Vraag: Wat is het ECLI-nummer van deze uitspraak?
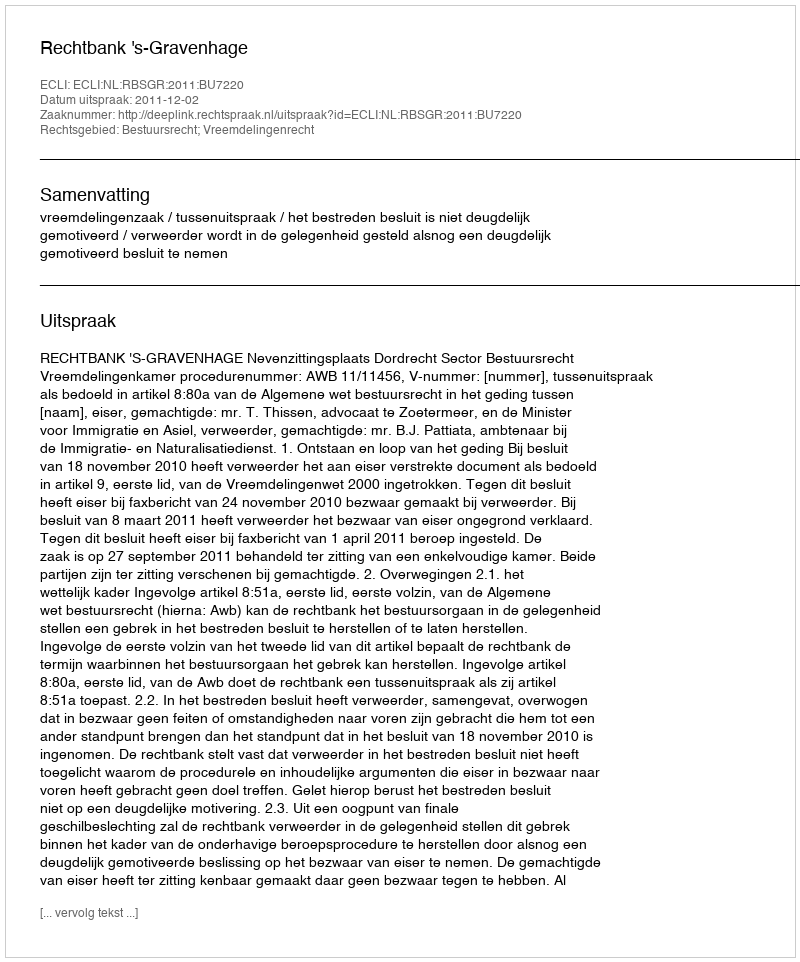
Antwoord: ECLI:NL:RBSGR:2011:BU7220